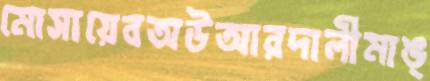
মোসায়েবঅউআরদালীমাঙ্